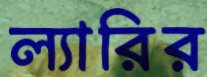
ল্যারির